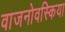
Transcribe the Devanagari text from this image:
वाजनोवस्किया